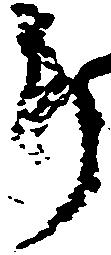
郎